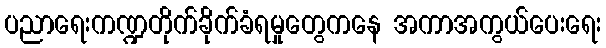
ပညာရေးကဏ္ဍတိုက်ခိုက်ခံရမှုတွေကနေ အကာအကွယ်ပေးရေး